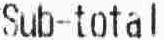
SUB-TOTAL